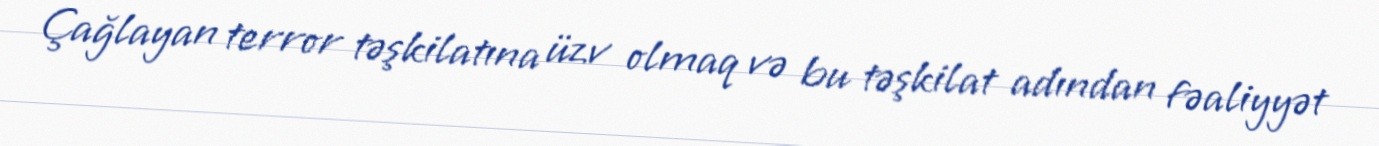
Çağlayan terror təşkilatına üzv olmaq və bu təşkilat adından fəaliyyət